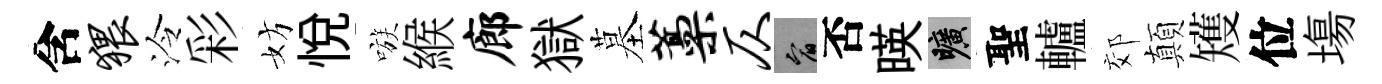
含猥泠彩妨悦嗾緱廊獄墓藁仄宥否暎曠聖轤郊顛矱位塲